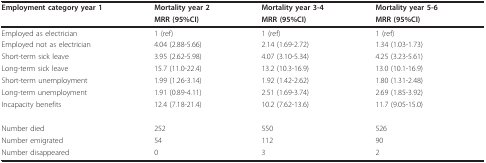
<table><thead><tr><td><b>Employment category year 1</b></td><td><b>Mortality year 2</b></td><td><b>Mortality year 3-4</b></td><td><b>Mortality year 5-6</b></td></tr><tr><td></td><td><b>MRR (95%CI)</b></td><td><b>MRR (95%CI)</b></td><td><b>MRR (95%CI)</b></td></tr></thead><tbody><tr><td>Employed as electrician</td><td>1 (ref)</td><td>1 (ref)</td><td>1 (ref)</td></tr><tr><td>Employed not as electrician</td><td>4.04 (2.88-5.66)</td><td>2.14 (1.69-2.72)</td><td>1.34 (1.03-1.73)</td></tr><tr><td>Short-term sick leave</td><td>3.95 (2.62-5.98)</td><td>4.07 (3.10-5.34)</td><td>4.25 (3.23-5.61)</td></tr><tr><td>Long-term sick leave</td><td>15.7 (11.0-22.4)</td><td>13.2 (10.3-16.9)</td><td>13.0 (10.1-16.9)</td></tr><tr><td>Short-term unemployment</td><td>1.99 (1.26-3.14)</td><td>1.92 (1.42-2.62)</td><td>1.80 (1.31-2.48)</td></tr><tr><td>Long-term unemployment</td><td>1.91 (0.89-4.11)</td><td>2.51 (1.69-3.74)</td><td>2.69 (1.85-3.92)</td></tr><tr><td>Incapacity benefits</td><td>12.4 (7.18-21.4)</td><td>10.2 (7.62-13.6)</td><td>11.7 (9.05-15.0)</td></tr><tr><td>Number died</td><td>252</td><td>550</td><td>526</td></tr><tr><td>Number emigrated</td><td>54</td><td>112</td><td>90</td></tr><tr><td>Number disappeared</td><td>0</td><td>3</td><td>2</td></tr></tbody></table>